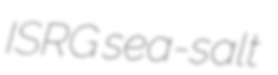
ISRG sea-salt